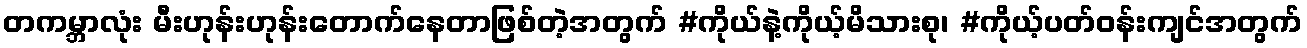
တကမ္ဘာလုံး မီးဟုန်းဟုန်းတောက်နေတာဖြစ်တဲ့အတွက် #ကိုယ်နဲ့ကိုယ့်မိသားစု၊ #ကိုယ့်ပတ်ဝန်းကျင်အတွက်